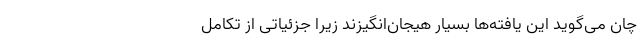
چان می‌گوید این یافته‌ها بسیار هیجان‌انگیزند زیرا جزئیاتی از تکامل